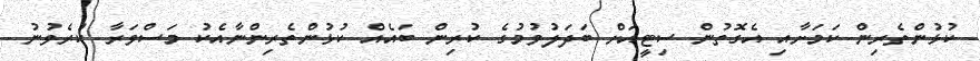
ކުޅުންތެރިން ކަމަށާއި އެގޮތުން ސިޓީއަށް ބަދަލުވުމުގެ ކުރިން ބައެއް ކުޅުންތެރިންނާއެކު މަސްވަރާ ކުރެވުނު